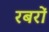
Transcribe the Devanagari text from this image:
रबरों